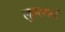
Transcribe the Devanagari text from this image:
लुहरमनं